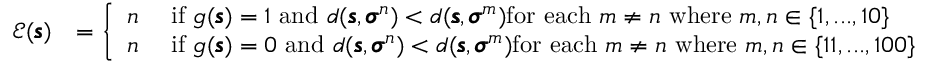
\begin{array} { r l } { \mathcal { E } ( \pmb { \mathscr { s } } ) } & { = \left\{ \begin{array} { l l } { n } & { \mathrm { ~ i f ~ } g ( \pmb { \mathscr { s } } ) = 1 \mathrm { ~ a n d ~ } d ( \pmb { \mathscr { s } } , \pmb { \sigma } ^ { n } ) < d ( \pmb { \mathscr { s } } , \pmb { \sigma } ^ { m } ) \mathrm { f o r ~ e a c h ~ } m \neq n \mathrm { ~ w h e r e ~ } m , n \in \{ 1 , . . . , 1 0 \} } \\ { n } & { \mathrm { ~ i f ~ } g ( \pmb { \mathscr { s } } ) = 0 \mathrm { ~ a n d ~ } d ( \pmb { \mathscr { s } } , \pmb { \sigma } ^ { n } ) < d ( \pmb { \mathscr { s } } , \pmb { \sigma } ^ { m } ) \mathrm { f o r ~ e a c h ~ } m \neq n \mathrm { ~ w h e r e ~ } m , n \in \{ 1 1 , . . . , 1 0 0 \} } \end{array} \right. } \end{array}